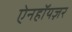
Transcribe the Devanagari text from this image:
ऐनहॉयज़र